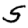
Digit: 5